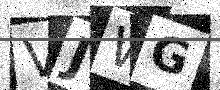
Text: VJWG